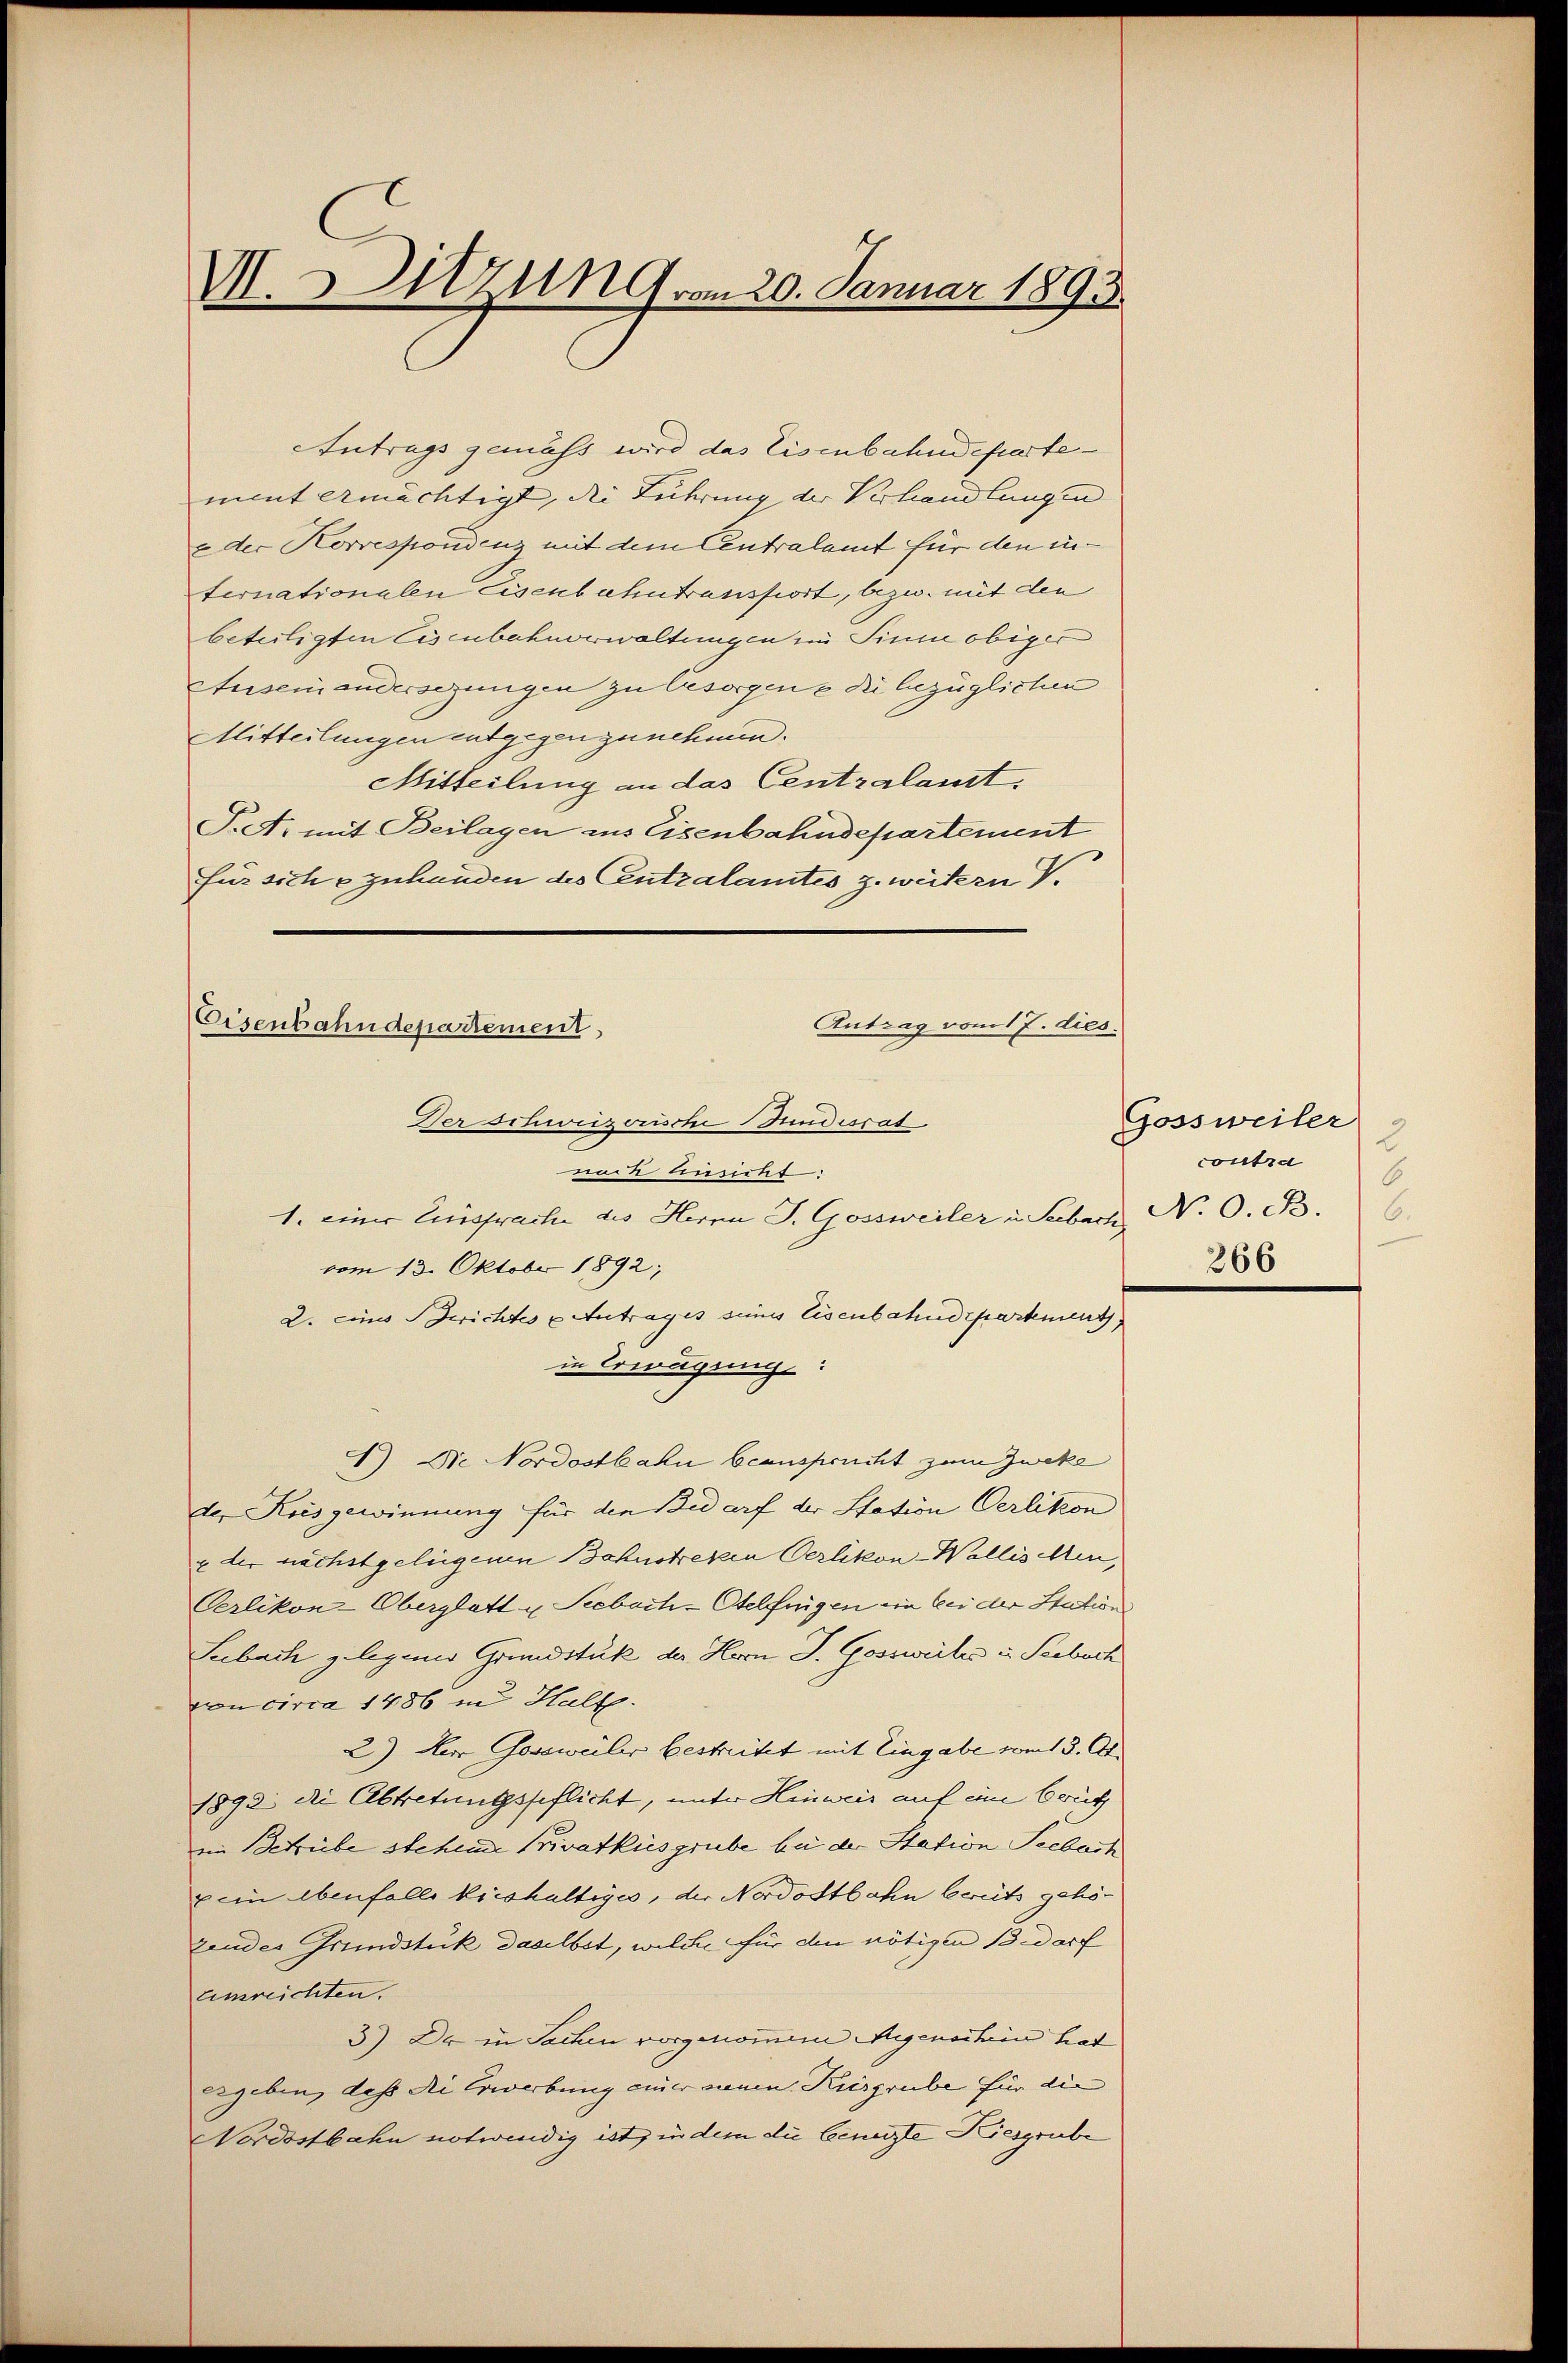
VI. Sitzung vom 20. Januar 1893.

Antrags gemäss wird das Eisenbahndepartement ermächtigt, die Führung der Verhandlungen
e der Korrespondenz mit dem Centralamt für den internationalen Eisenbahntransfort, bezw. mit den
beteiligten Eisenbahnorwaltungen im Sinne obiger
Auseinandersezungen zu besorgene die bezüglichen
Mitteilungen entgegenzunehmen.
Mitteilung an das Centralaust,
T.A. mit Beilagen aus Eisenbahndepartement
für siche zuhanden des Centralamtes z. weitern V.
Antrag vom 17. dies
Eisenbahndepartement,

Der schweizerische Bundesrat

nod Ansicht:
1. einer Einsprache des Herrn J. Gossweiler in Seebach N. O. B.
vom 13. Oktober 1892;
2. eines Gerichtes u Antrages sinns Eisenbahndepartement
in Erwägung:
1) Die Nordostbahn beansprucht zum Zweke
der Kuisgewinnung für den Bedarf der Station Oerlikon
x der nächstgelegenen Bahnstreken Oerlikon-Wallis Men,
Oerlikon-Oberglatt u Seebach-Otelfingen ein bei der Station
Subach gelegenes Grundstük der Horn J. Gossweiles u Seebach
von circa 1486 in Haltp.
2.) Herr Gossweiler bestreitet mit Eingabe vom 13. Ok¬
1892 die Abtretungspflicht, unter Hinweis auf eine brütz
ein Betrübe stehende Privatküsgrube bei der Station Seebach
ein ebenfalls Kieshaltiges, der Nordostbahn bereits gehö-
zendes Grundstück daselbst, welche für den nötigen Bedarf
einreichten.
3) Da in Sachen vorgenommene Migenschein hat
geben, daß die Erwerbung einer neuen Kiesgrube für die
Nordostbahn notwendig ist, in dem die benuzte Kiesgrube

Gossweiler
contra
6
266